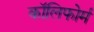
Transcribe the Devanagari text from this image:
कॉलिफोर्म